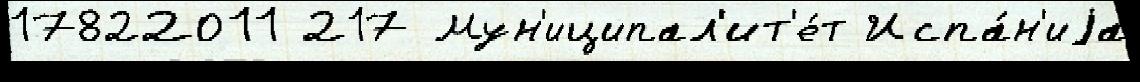
17822011 217 Мун'иципал'ит'е́т Испа́н'иjа